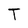
Character: T